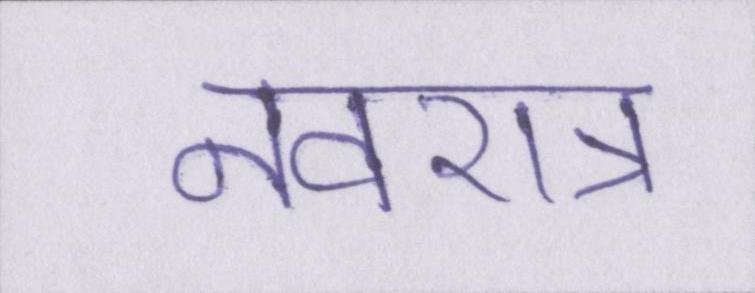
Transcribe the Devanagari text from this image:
नवरात्र